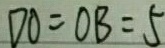
D O = O B = 5